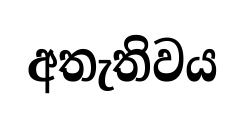
අතැතිවය